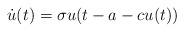
LaTeX: \begin{align*} \dot u(t)=\sigma u(t-a-cu(t))\end{align*}